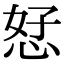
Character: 恏